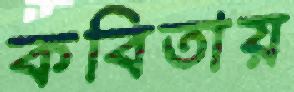
কবিতায়